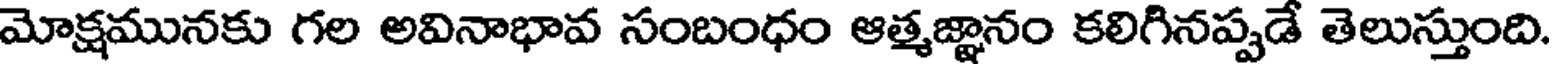
మోక్షమునకు గల అవినాభావ సంబంధం ఆత్మజ్ఞానం కలిగినప్పడే తెలుస్తుంది